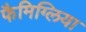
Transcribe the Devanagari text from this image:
फैमिग्लिया